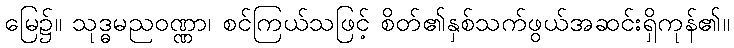
မြေ၌။ သုဒ္ဓမညဝဏ္ဏာ၊ စင်ကြယ်သဖြင့် စိတ်၏နှစ်သက်ဖွယ်အဆင်းရှိကုန်၏။